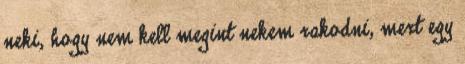
neki, hogy nem kell megint nekem rakodni, mert egy